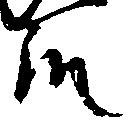
殿